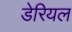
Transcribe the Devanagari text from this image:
डेरियल